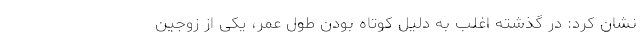
نشان کرد: در گذشته اغلب به دلیل‌ کوتاه بودن طول عمر، یکی از زوجین